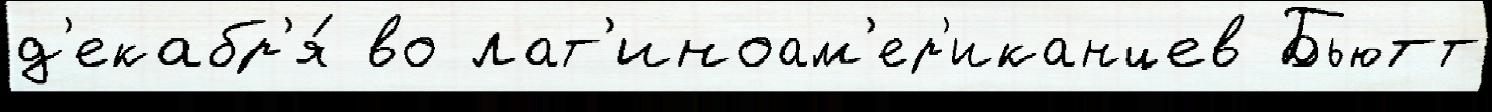
д'екабр'я́ во лат'иноам'ер'иканцев Бьютт